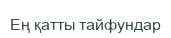
Ең қатты тайфундар